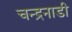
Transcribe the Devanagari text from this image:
चन्द्रनाडी